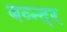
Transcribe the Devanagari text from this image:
बव्न्दर